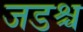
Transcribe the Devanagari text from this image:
जडश्च